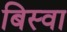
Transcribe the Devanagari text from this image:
बिस्‍वा